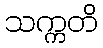
သက္ကတိ